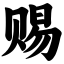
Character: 赐